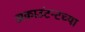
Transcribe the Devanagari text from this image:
अकाउंटन्टच्या